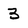
Character: 3